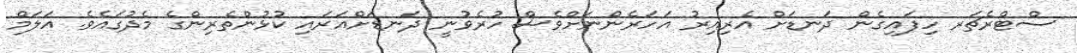
ސްޓްރެޗަރ ހިފައިގެން ދަނޑަށް އެރިއިރު އަހަރެންނަށްވެސް ހުރެވުނީ ދަނޑަށްއަރައި ކުޅުންތެރިންގެ މެދުގައެވެ. އަލަމް